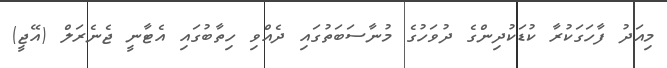
މިއަދު ފާހަގަކުރާ ކުޑަކުދިންގެ ދުވަހުގެ މުނާސަބަތުގައި ދެއްވި ހިތާބުގައި އެޓާނީ ޖެނެރަލް (އޭޖީ)